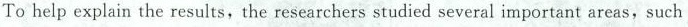
To help explain the results, the researchers studied several important areas, such